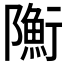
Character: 𨽇